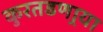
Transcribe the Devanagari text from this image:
कुरतडणार्‍या